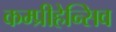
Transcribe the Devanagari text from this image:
कम्प्रीहेन्सिव